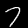
Label: 7